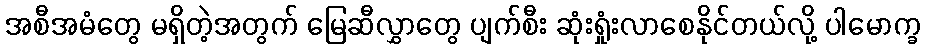
အစီအမံတွေ မရှိတဲ့အတွက် မြေဆီလွှာတွေ ပျက်စီး ဆုံးရှုံးလာစေနိုင်တယ်လို့ ပါမောက္ခ